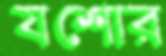
যশোর